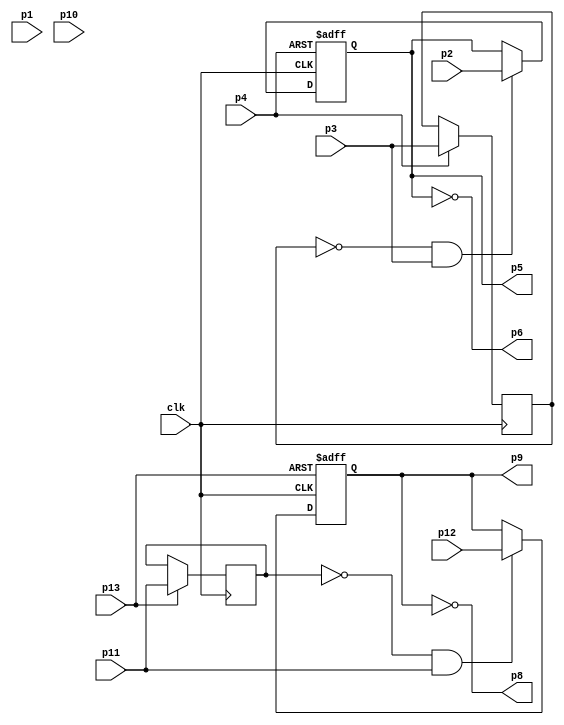
/////////////////////////////////////////
// 74HC74 - Dual D-type flip-flop with asynchronous set and clear;
//           positive edge-trigger
// Modified for sync and FPGA friendly
//
// UNIT A
// Single D flip-floop with asynchronous set; positive edge-trigger
// DATA p2 - CLK p3 - Q p5 - notQ p6 - PRESET p4 - CLEAR p1 (not valid)
//
// UNIT B
// Single D flip-floop with asynchronous clear; positive edge-trigger
// DATA p12 - CLK p11 - Q p9 - notQ p8 - PRESET p10(not valid) - CLEAR p13
// Antonio Sanchez (@TheSonders)
////////////////////////////////////////

module HC74dualCLK(
    input wire  clk,
    input wire  p1,p2,p3,p4,
    output reg  p5=1'b0,
    output wire p6,
    input wire  p13,p12,p11,p10,
    output reg  p9=1'b0,
    output wire p8);

assign p6=~p5;
assign p8=~p9;

reg prev_p3=1;
always @(posedge clk or negedge p4) begin
	if (~p4) begin p5<=1'b1;end
	else begin
        prev_p3<=p3;
        if (~prev_p3 & p3)             //Pos Edge on p3
        begin p5<=p2;end
    end
end

reg prev_p11=1;
always @(posedge clk or negedge p13) begin
	if (~p13) begin p9<=1'b0;end
	else begin
        prev_p11<=p11;
        if (~prev_p11 & p11)           //Pos Edge on p11
        begin p9<=p12;end
    end
end

endmodule